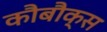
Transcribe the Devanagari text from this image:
कौबौक्स